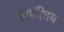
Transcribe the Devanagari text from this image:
पुनर्परिचय